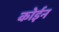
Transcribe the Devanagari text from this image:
कोईन